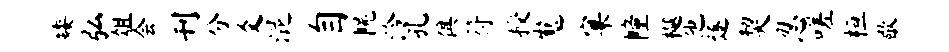
矮弘俎会刊分爻混自幌泠孔俱符授嵬窠幢樾他遂契忍嗟桓歇